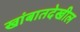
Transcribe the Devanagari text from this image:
खांबातदेखील